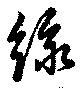
緑